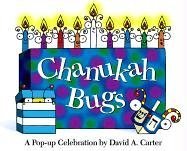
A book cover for Chanukah Bugs: A Pop-up Celebration (Cover Title); David A. Carter; Children's Books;